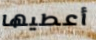
أعطيها